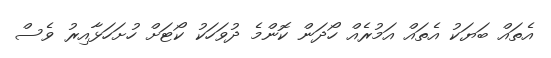
އެތައް ބަޔަކު އެތައް އަމުރެއް ހޯދަން ކޮންމެ ދުވަހަކު ކޯޓަށް ހުށަހަޅާއިރު ވެސް